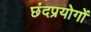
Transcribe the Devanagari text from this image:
छंदप्रयोगों